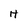
Character: H